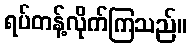
ရပ်တန့်လိုက်ကြသည်။